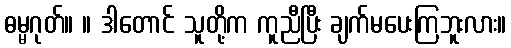
ဓမ္မဂုတ်။ ။ ဒါတောင် သူတို့က ကူညီပြီး ချက်မပေးကြဘူးလား။